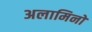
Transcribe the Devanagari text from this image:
अलामिनो